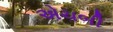
એચબી